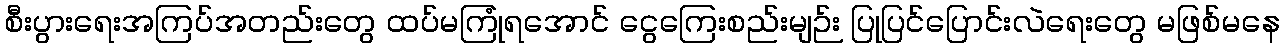
စီးပွားရေးအကြပ်အတည်းတွေ ထပ်မကြုံရအောင် ငွေကြေးစည်းမျဉ်း ပြုပြင်ပြောင်းလဲရေးတွေ မဖြစ်မနေ